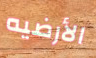
الأرضيه